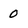
Character: 0